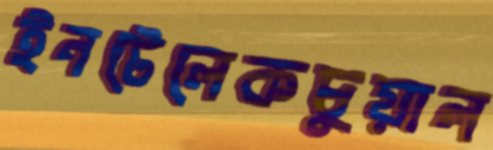
ইনটেলেকচুয়াল